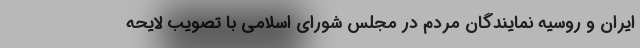
ایران و روسیه نمایندگان مردم در مجلس شورای اسلامی با تصویب لایحه